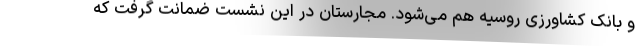
و بانک کشاورزی روسیه هم می‌شود. مجارستان در این نشست ضمانت گرفت که